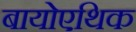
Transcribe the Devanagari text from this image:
बायोएथिक